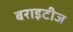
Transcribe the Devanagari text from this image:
बराइटीज